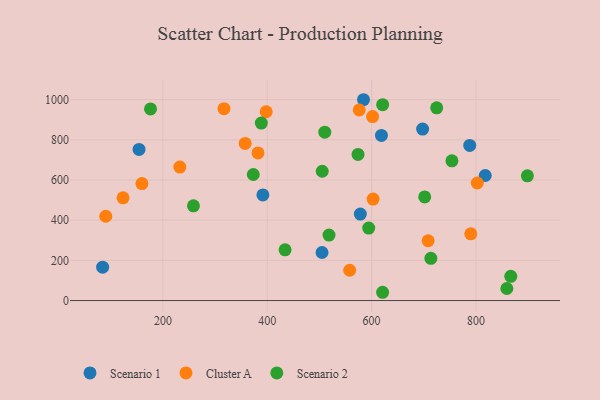
{"axis": {"x": "Distance", "y": "Exam Score"}, "legend": ["Cluster A", "Scenario 1", "Scenario 2"], "data": [{"x": "578.4", "y": 430.3, "type": "Scenario 1"}, {"x": "84.5", "y": 166.3, "type": "Scenario 1"}, {"x": "505.0", "y": 239.1, "type": "Scenario 1"}, {"x": "584.5", "y": 999.8, "type": "Scenario 1"}, {"x": "788.1", "y": 772.5, "type": "Scenario 1"}, {"x": "154.3", "y": 752.2, "type": "Scenario 1"}, {"x": "697.8", "y": 853.7, "type": "Scenario 1"}, {"x": "391.7", "y": 525.9, "type": "Scenario 1"}, {"x": "618.9", "y": 822.0, "type": "Scenario 1"}, {"x": "817.8", "y": 622.6, "type": "Scenario 1"}, {"x": "708.4", "y": 297.6, "type": "Cluster A"}, {"x": "159.8", "y": 582.3, "type": "Cluster A"}, {"x": "90.5", "y": 419.7, "type": "Cluster A"}, {"x": "232.5", "y": 664.5, "type": "Cluster A"}, {"x": "382.3", "y": 734.9, "type": "Cluster A"}, {"x": "317.1", "y": 955.3, "type": "Cluster A"}, {"x": "802.6", "y": 585.1, "type": "Cluster A"}, {"x": "602.9", "y": 505.4, "type": "Cluster A"}, {"x": "601.9", "y": 916.1, "type": "Cluster A"}, {"x": "790.1", "y": 332.2, "type": "Cluster A"}, {"x": "576.3", "y": 949.2, "type": "Cluster A"}, {"x": "123.6", "y": 511.2, "type": "Cluster A"}, {"x": "357.7", "y": 782.3, "type": "Cluster A"}, {"x": "398.0", "y": 939.9, "type": "Cluster A"}, {"x": "558.0", "y": 150.9, "type": "Cluster A"}, {"x": "574.0", "y": 727.7, "type": "Scenario 2"}, {"x": "594.5", "y": 360.8, "type": "Scenario 2"}, {"x": "621.2", "y": 975.3, "type": "Scenario 2"}, {"x": "518.4", "y": 326.2, "type": "Scenario 2"}, {"x": "434.2", "y": 252.7, "type": "Scenario 2"}, {"x": "701.8", "y": 515.9, "type": "Scenario 2"}, {"x": "388.7", "y": 883.5, "type": "Scenario 2"}, {"x": "713.6", "y": 210.3, "type": "Scenario 2"}, {"x": "859.3", "y": 60.1, "type": "Scenario 2"}, {"x": "754.0", "y": 695.4, "type": "Scenario 2"}, {"x": "724.8", "y": 959.7, "type": "Scenario 2"}, {"x": "505.4", "y": 643.8, "type": "Scenario 2"}, {"x": "373.3", "y": 627.6, "type": "Scenario 2"}, {"x": "176.3", "y": 954.0, "type": "Scenario 2"}, {"x": "866.8", "y": 120.4, "type": "Scenario 2"}, {"x": "621.1", "y": 41.2, "type": "Scenario 2"}, {"x": "510.3", "y": 838.3, "type": "Scenario 2"}, {"x": "898.6", "y": 620.9, "type": "Scenario 2"}, {"x": "258.6", "y": 471.6, "type": "Scenario 2"}]}